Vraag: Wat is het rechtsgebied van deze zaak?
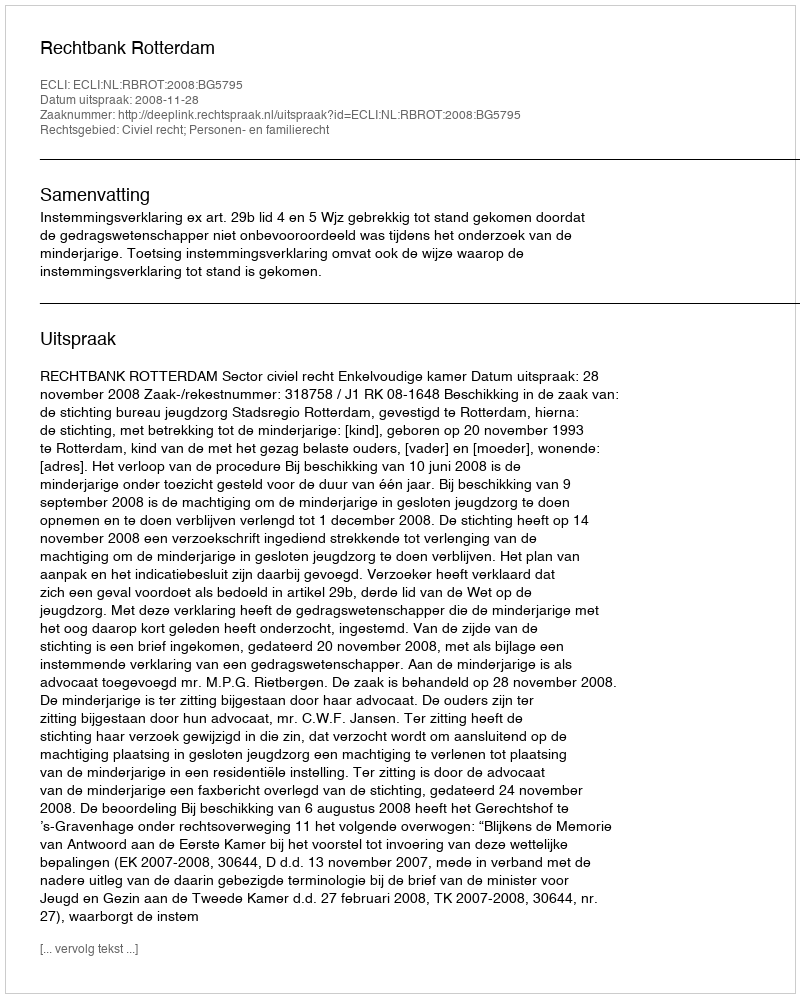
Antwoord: Civiel recht; Personen- en familierecht